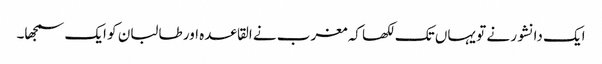
ایک دانشور نے تو یہاں تک لکھا کہ مغرب نے القاعدہ اور طالبان کو ایک سمجھا۔